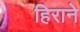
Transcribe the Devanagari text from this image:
हिराने